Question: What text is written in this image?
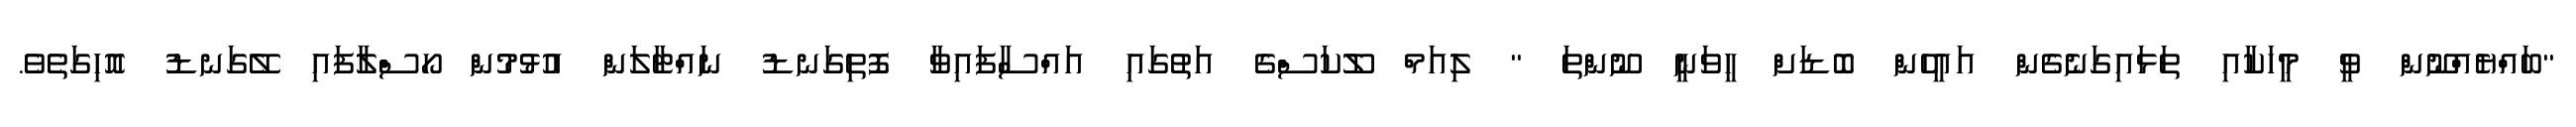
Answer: "ބައްޔެއްނޫން ވީ މީހަކާއި ތަޅައިގަނެގެން އައީހެން ބޮޑަށް ހީވަނީ ނޫންތަ " ލިއަމް ލޫކަސްގެ އަތުގައި އައްސާފައިވާ ފޮތިގަނޑު ނައްޓާލަން އުޅުމުން ހޯސްލާފައި ލޭގަނޑު އޮހިގަތެވެ.